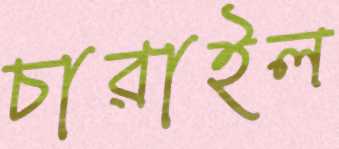
চারাইল